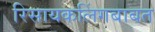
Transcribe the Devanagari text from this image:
रिसायकलिंगबाबत